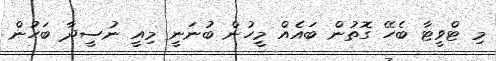
މި ޓްވީޓާ ބެހޭ ގޮތުން ބައެއް މީހުން ބުނަނީ މިއީ ނުސީދާ ބަހުން